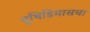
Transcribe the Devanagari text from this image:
युथिडिमासचा